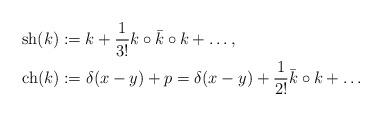
LaTeX: \begin{align*}&\mathrm{sh}(k):=k+\frac{1}{3!}k\circ\bar k\circ k+\dots,\\&\mathrm{ch}(k):=\delta(x-y)+p=\delta(x-y)+\frac{1}{2!}\bar k\circ k+\dots\end{align*}